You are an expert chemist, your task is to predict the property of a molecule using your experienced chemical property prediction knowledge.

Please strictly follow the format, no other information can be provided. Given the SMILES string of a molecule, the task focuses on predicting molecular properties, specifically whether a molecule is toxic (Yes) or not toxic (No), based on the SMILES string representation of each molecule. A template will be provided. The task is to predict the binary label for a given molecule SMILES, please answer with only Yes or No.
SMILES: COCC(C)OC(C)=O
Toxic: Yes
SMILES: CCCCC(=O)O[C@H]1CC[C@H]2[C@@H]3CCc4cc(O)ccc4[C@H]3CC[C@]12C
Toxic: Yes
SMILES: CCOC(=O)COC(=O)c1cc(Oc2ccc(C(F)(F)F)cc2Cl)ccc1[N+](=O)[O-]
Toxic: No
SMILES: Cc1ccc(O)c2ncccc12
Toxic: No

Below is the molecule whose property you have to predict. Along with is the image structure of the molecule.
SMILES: CCCC1COC(Cn2cncn2)(c2ccc(Cl)cc2Cl)O1
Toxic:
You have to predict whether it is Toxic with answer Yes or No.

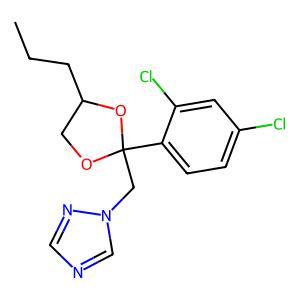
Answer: No